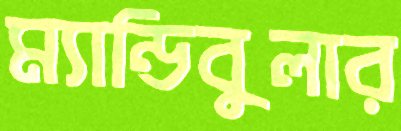
ম্যান্ডিবুলার